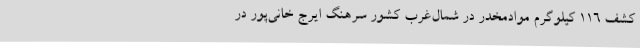
کشف 116 کیلوگرم موادمخدر در شمال‌غرب کشور سرهنگ ایرج خانی‌پور در